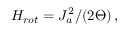
H _ { r o t } = J _ { a } ^ { 2 } / ( 2 \Theta ) \, ,